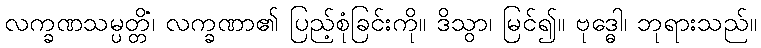
လက္ခဏသမ္ပတ္တိံ၊ လက္ခဏာ၏ ပြည့်စုံခြင်းကို။ ဒိသွာ၊ မြင်၍။ ဗုဒ္ဓေါ၊ ဘုရားသည်။